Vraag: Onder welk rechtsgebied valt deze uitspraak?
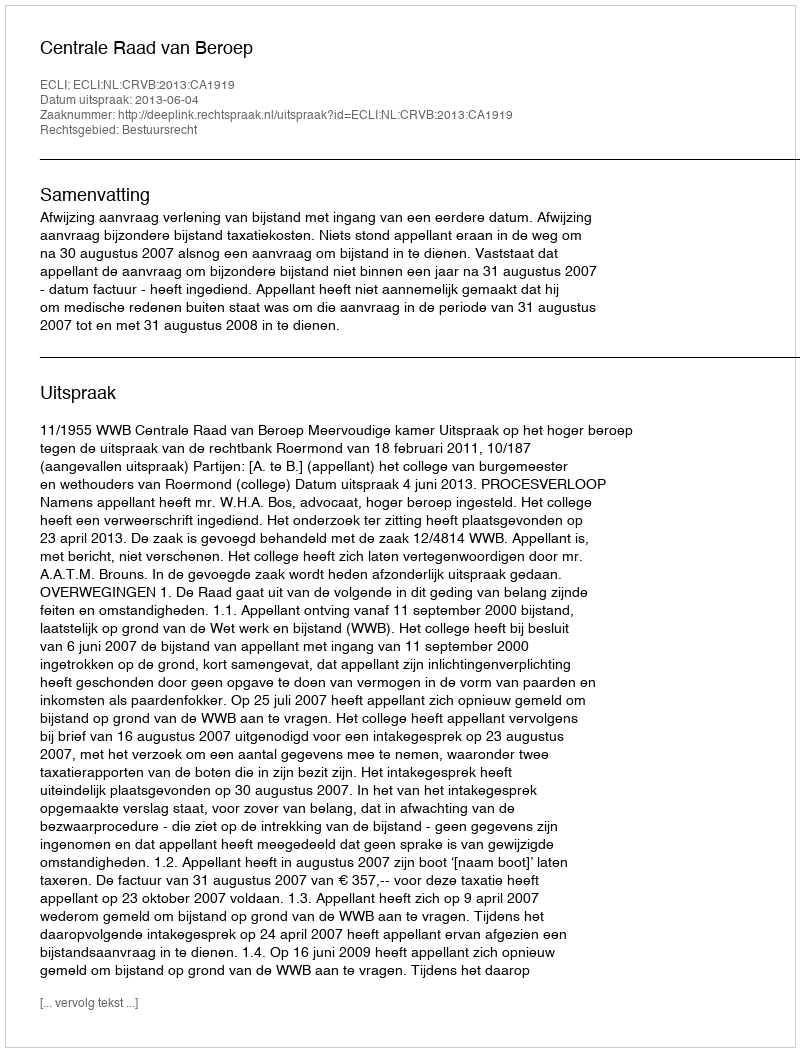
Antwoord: Bestuursrecht